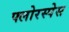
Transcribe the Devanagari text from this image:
फ्लोरस्पेस